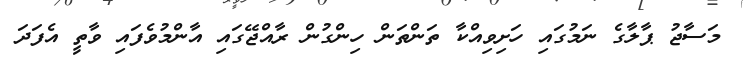
މަސާޖު ޕާލާގެ ނަމުގައި ހަށިވިއްކާ ތަންތަން ހިންގުން ރާއްޖޭގައި އާންމުވެފައި ވާތީ އެފަދަ